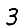
Digit: 3